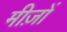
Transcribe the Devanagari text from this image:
मीज़ों